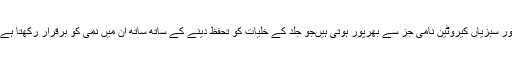
سبز پتوں والی سبزیاں پالک سے لے کر ساگ تک یہ طاقت کے خزانے سے بھرپور سبزیاں کیروٹین نامی جز سے بھرپور ہوتی ہیںجو جلد کے خلیات کو تحفظ دینے کے ساتھ ساتھ ان میں نمی کو برقرار رکھتا ہے جبکہ جلد کو ہونے والے نقصانات کو دور رکھنے میں بھی مددگار ثابت ہوتا ہے۔